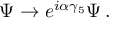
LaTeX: \Psi \rightarrow e ^ { i \alpha \gamma _ { 5 } } \Psi \, .